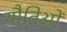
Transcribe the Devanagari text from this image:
यौतिओं